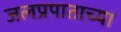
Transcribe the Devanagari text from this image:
जलप्रपाताच्या